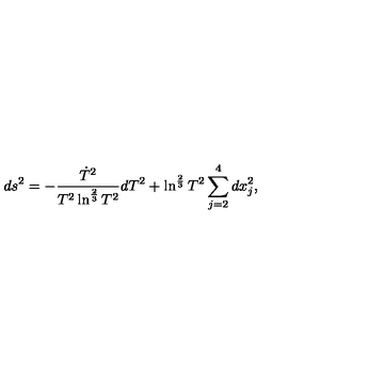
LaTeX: d s ^ { 2 } = - \frac { \dot { T } ^ { 2 } } { T ^ { 2 } \ln ^ { \frac { 2 } { 3 } } T ^ { 2 } } d T ^ { 2 } + \ln ^ { \frac { 2 } { 3 } } T ^ { 2 } \sum _ { j = 2 } ^ { 4 } d x _ { j } ^ { 2 } ,